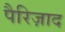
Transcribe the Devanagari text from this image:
पैरिज़ाद